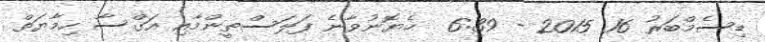
ޑިސެމްބަރު 16